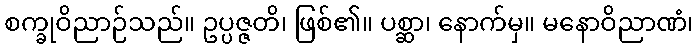
စက္ခုဝိညာဉ်သည်။ ဥပ္ပဇ္ဇတိ၊ ဖြစ်၏။ ပစ္ဆာ၊ နောက်မှ။ မနောဝိညာဏံ၊